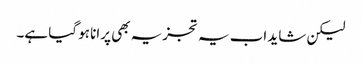
لیکن شاید اب یہ تجزیہ بھی پرانا ہو گیا ہے۔